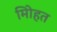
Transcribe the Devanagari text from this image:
मोिहत